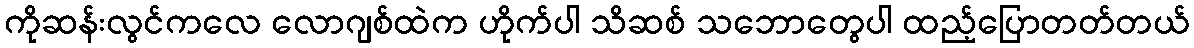
ကိုဆန်းလွင်ကလေ လောဂျစ်ထဲက ဟိုက်ပါ သိဆစ် သဘောတွေပါ ထည့်ပြောတတ်တယ်